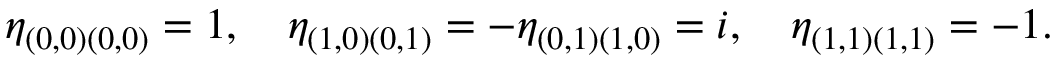
\eta _ { ( 0 , 0 ) ( 0 , 0 ) } = 1 , \quad \eta _ { ( 1 , 0 ) ( 0 , 1 ) } = - \eta _ { ( 0 , 1 ) ( 1 , 0 ) } = i , \quad \eta _ { ( 1 , 1 ) ( 1 , 1 ) } = - 1 .